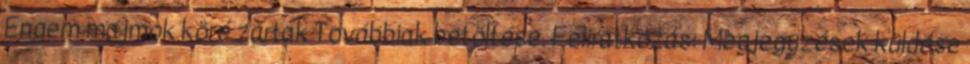
Engem majmok köré zártak Továbbiak betöltése. Feliratkozás: Megjegyzések küldése